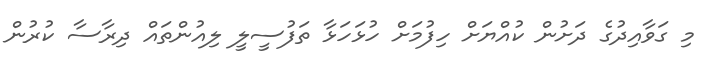
މި ގަވާއިދުގެ ދަށުން ކުއްޔަށް ހިފުމަށް ހުޅަހަޅާ ތަފުސީލީ ލިއުންތައް ދިރާސާ ކުރުން